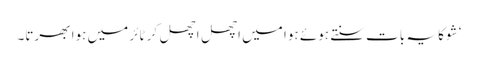
‘ شوکا یہ بات سنتے ہوئے ہوا میں اچھل اچھل کر ٹائر میں ہوا بھرتا۔